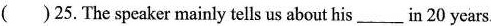
( )25.The speaker mainly tells us about his_in 20 years.